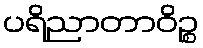
ပရိညာတာဝိဉ္စ